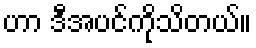
ဟာ ဒီအပင်ကိုသိတယ်။